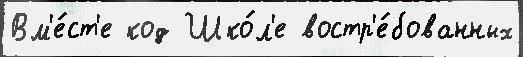
Вм'е́ст'е код Шко́л'е востр'е́бованных